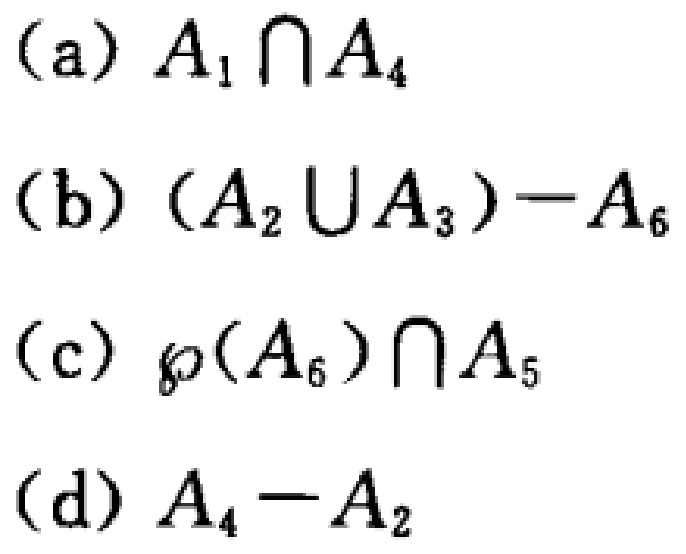
(a) $A_{1} \cap A_{4}$
(b) $(A_{2} \cup A_{3})-A_{6}$
(c) $\wp(A_{6})\cap A_{5}$
(d) $A_{4}-A_{2}$